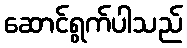
ဆောင်ရွက်ပါသည်